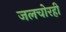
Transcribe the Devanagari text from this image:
जलचोरही